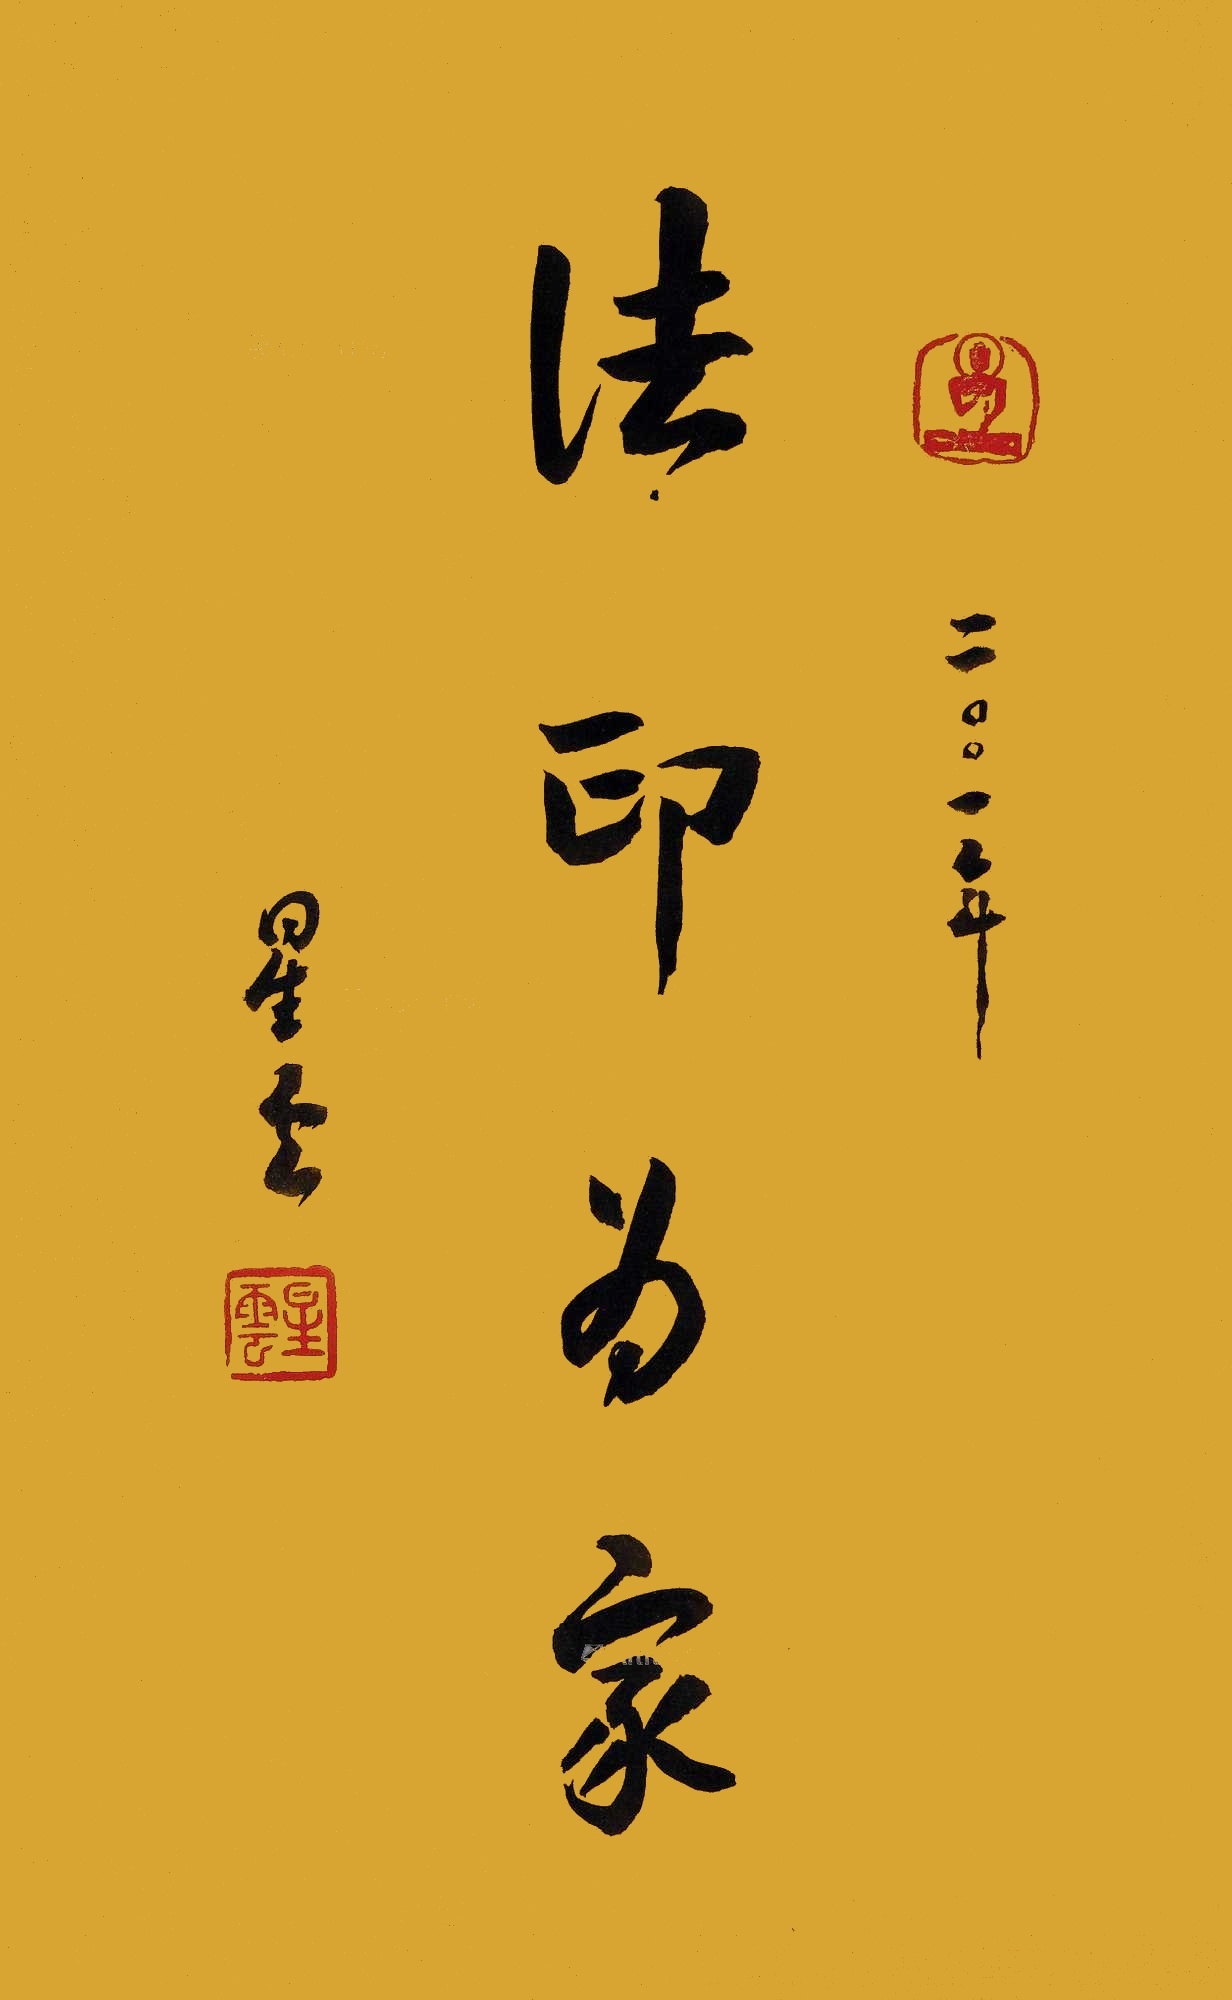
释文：法印为家星云、二〇〇一年